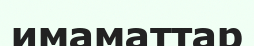
имаматтар